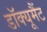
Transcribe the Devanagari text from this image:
डॉक्यूमैंट